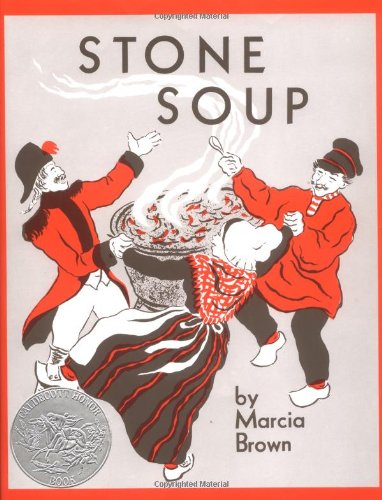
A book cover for Stone Soup; Marcia Brown; Children's Books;